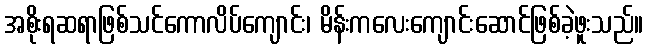
အစိုးရဆရာဖြစ်သင်ကောလိပ်ကျောင်း၊ မိန်းကလေးကျောင်းဆောင်ဖြစ်ခဲ့ဖူးသည်။